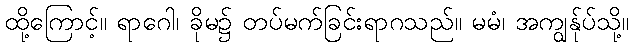
ထို့ကြောင့်။ ရာဂေါ၊ ခိုမ၌ တပ်မက်ခြင်းရာဂသည်။ မမံ၊ အကျွန်ုပ်သို့။